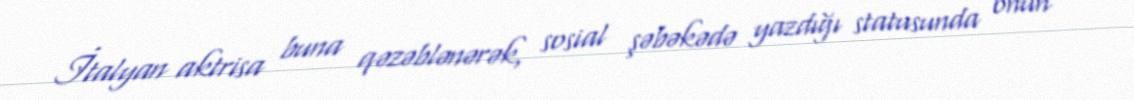
İtalyan aktrisa buna qəzəblənərək, sosial şəbəkədə yazdığı statusunda onun